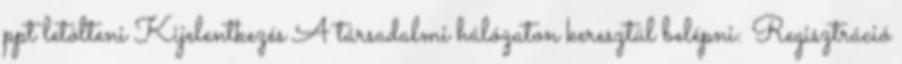
ppt letölteni Kijelentkezés A társadalmi hálózaton keresztül belépni: Regisztráció